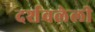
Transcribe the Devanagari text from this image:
दर्शवलेली